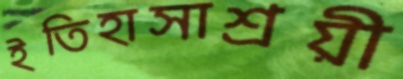
ইতিহাসাশ্রয়ী